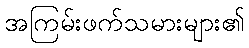
အကြမ်းဖက်သမားများ၏